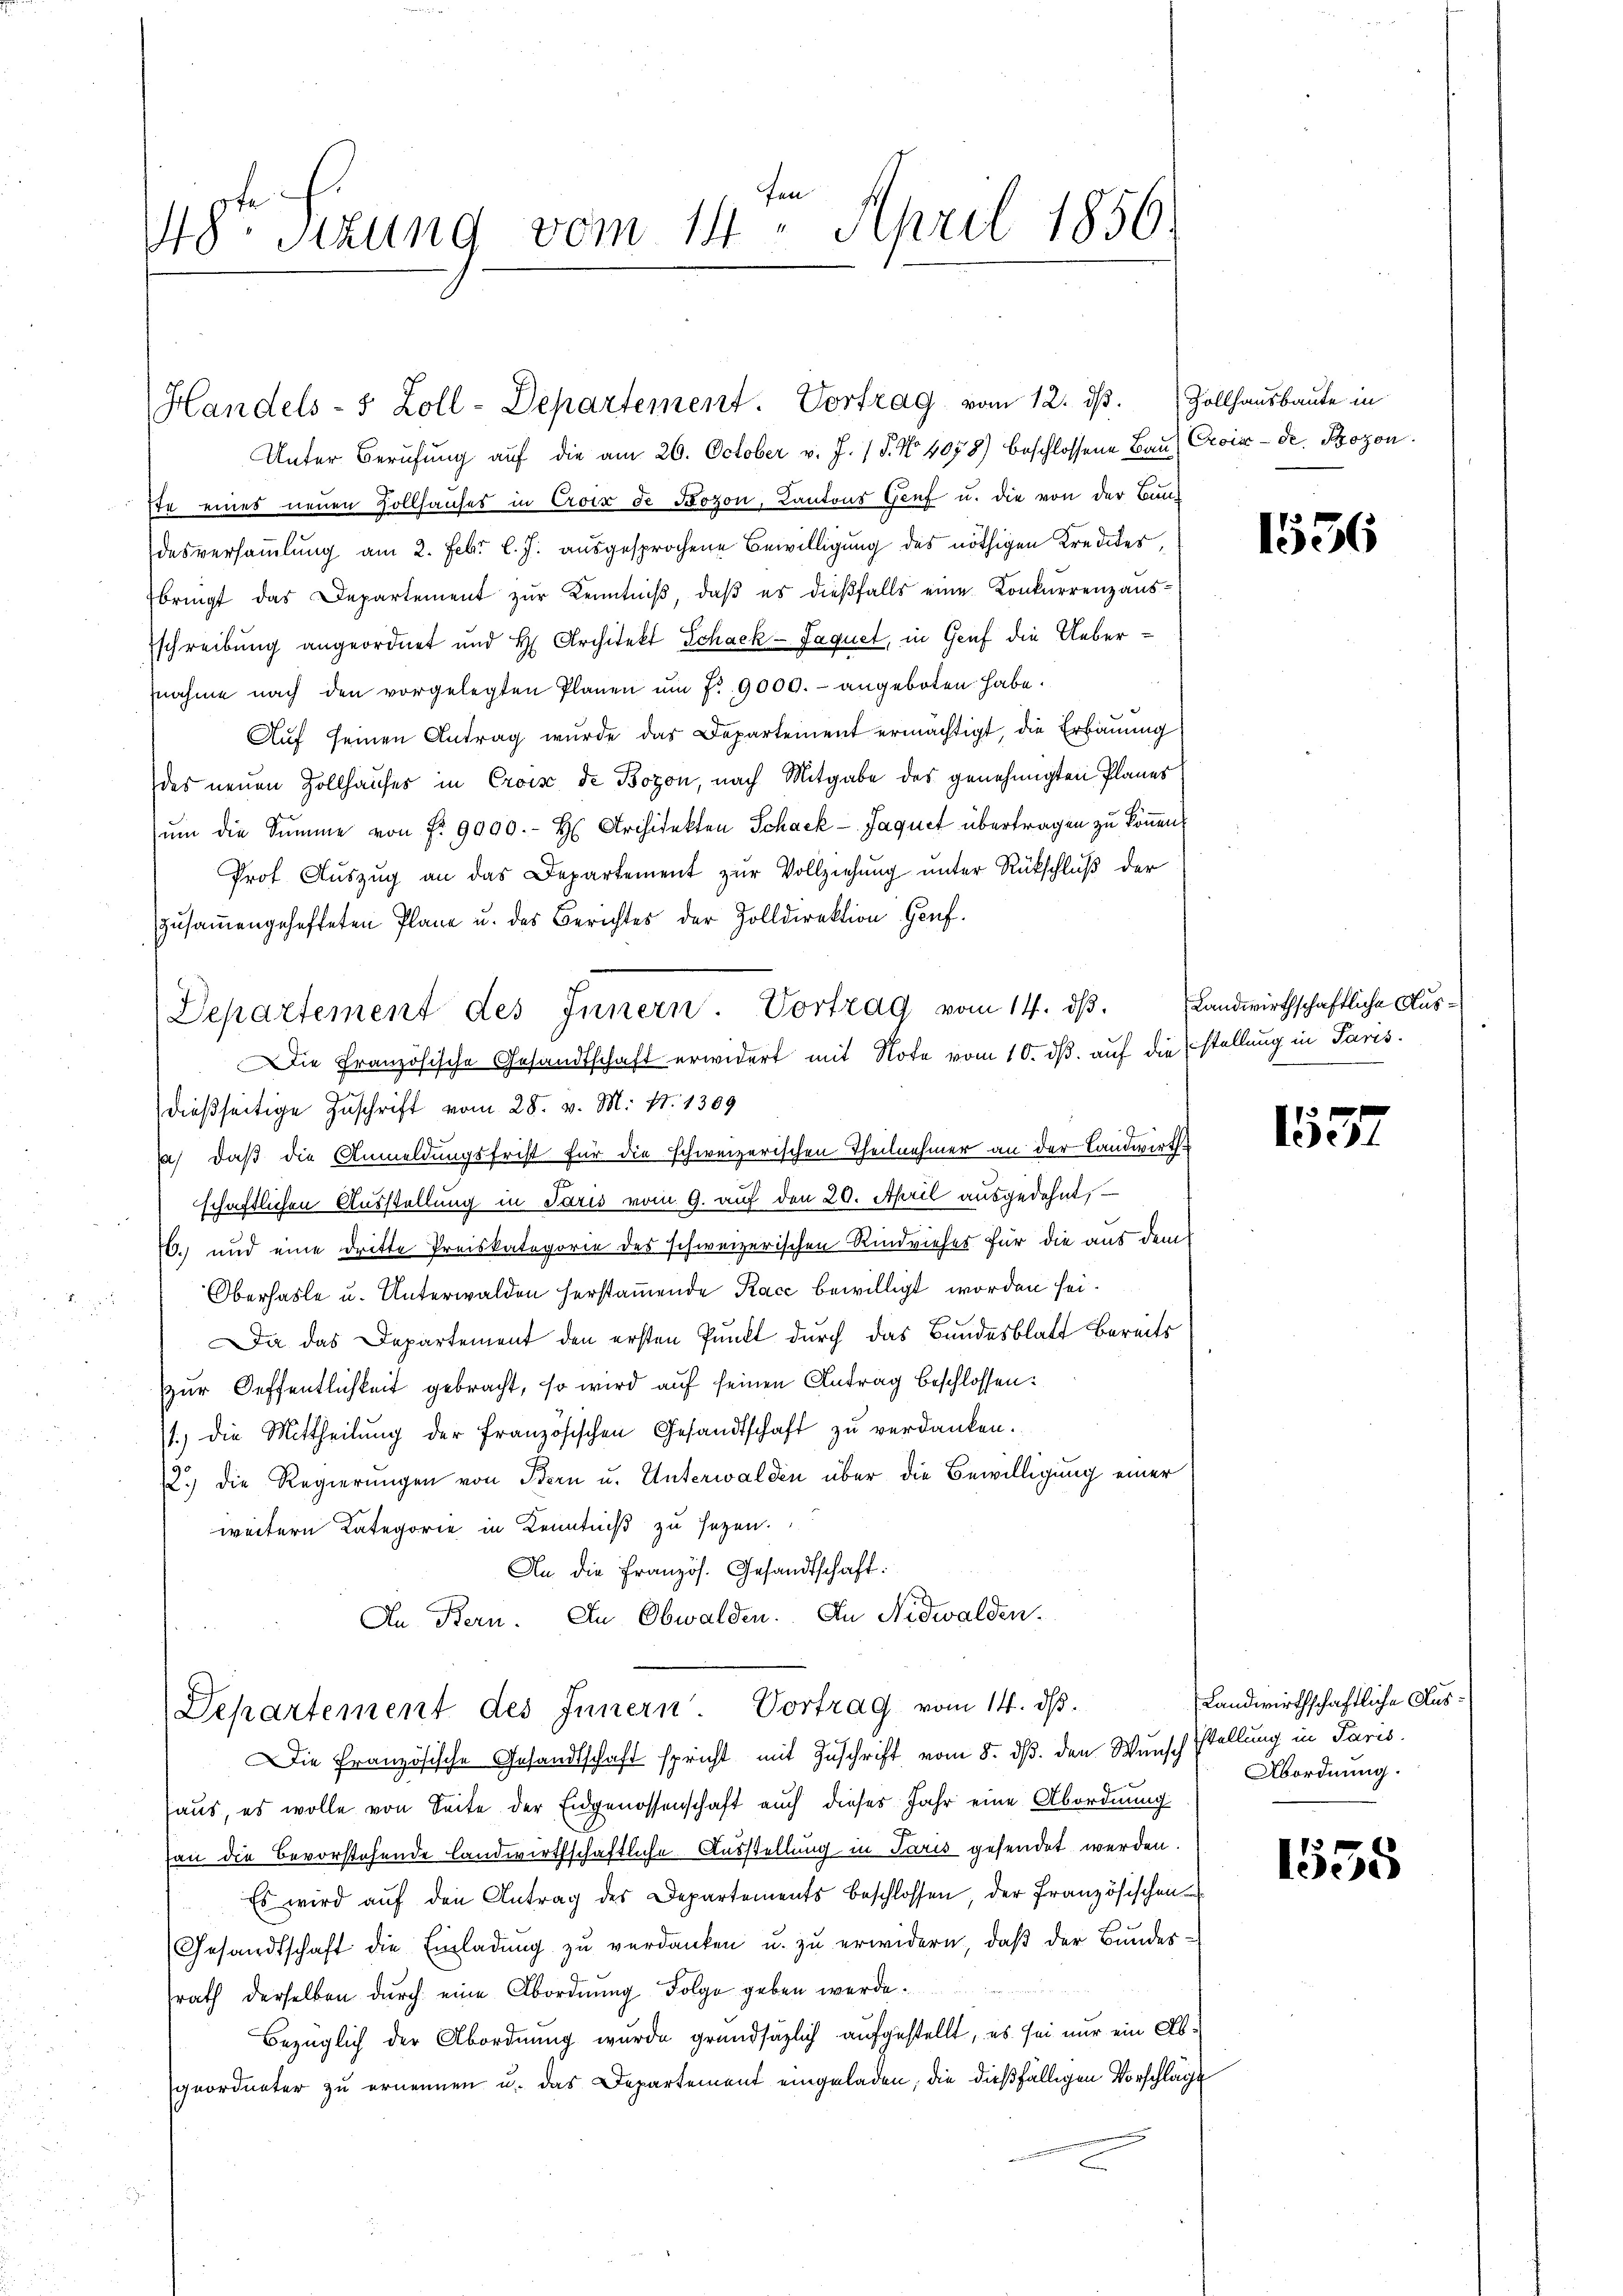
18ten Sizung vom 14. April 1856.

Handels- 5 Zoll-Departement. Vortrag vom 12. dß. Zollhausbaute in

Departement des Innern. Vortrag vom 14. dβ.

Unter Berufung auf die am 26. October v. J. 1 S. No 1078) beschlossene Bau, Croix de Bozen
ste eines neuen Zollhauses in Croix de Bozon, Cantons Genf u. die von der Bundesversammlung am 2. Febr l. J. ausgesprochene Bewilligung des nöthigen Kredites,
bringt das Departement zur Kenntniβ, daβ es dießfalls eine Konkurrenzausschreibung angeordnet und H. Architekt Schack-Jaquet, in Genf die Uebernahme nach den vorgelegten Planen um P. 9000.- angeboten habe.
Auf seinen Antrag wurde das Departement ermächtigt, die Erbauung
des neuen Zollhauses in Croix de Bozon, nach Mitgabe des genehmigten Planes
zŭm die Summe von P. 9000.- H Architekten Schack - Jaquet übertragen zu können.
Prof. Aŭszŭg an das Departement zŭr Vollziehung unter Rückschluß der
zusammengehafteten Plane u. des Berichtes der Zolldirektion Genf.
Departement des Innern. Vortrag vom 14. dβ. Landwirthschaftliche Aus¬
Die Französische Gesandtschaft erwidert mit Note vom 10. ds. auf die stellung in Paris.
dießseitige Zuschrift vom 28. v. M. Nr. 1309
a), daß die Anmeldungsfrist für die schweizerischen Theilnehmer an der Landwirthschaftlichen Ausstellung in Paris vom 9. auf den 20. April ausgedehnt,
6. und eine dritte Preiskategorie des schweizerischen Rindviehes für die aus dem
Oberhasle u. Unterwalden herstamende Race bewilligt worden sei.
Da das Departement den ersten Punkt durch das Bundesblatt bereits
zur Oeffentlichkeit gebracht, so wird auf seinen Antrag beschlossen:
t) die Mittheilung der französischen Gesandtschaft zu verdanken.
12.) Die Regierungen von Stern u. Unterwalden über die Bewilligung einer
weitern Kategorie in Kenntniß zu sezen.
An die Französ. Gesandtschaft.
In Bern. In Obwalden. In Nidwalden

Die Französische Gesandtschaft spricht mit Zuschrift vom 8. ds. den Wunsch stellung in Paris.
haus, es wolle von Seite der Eidgenossenschaft auch dieses Jahr eine Abordnung
an die Bevorstehende landwirthschaftliche Ausstellung in Paris gesendet werden.
Es wird aŭf den Antrag des Departements beschlossen der französischen
Gesandtschaft die Einladung zu verdanken u. zu erwidern, daß der Bundesrath derselben durch eine Abordnung Folge geben werde.
Bezüglich der Abordnung wurde grundsätzlich aufgestellt, es sei nur ein Abgeordneter zu ernennen u. das Departement eingeladen, die dießfälligen Vorschläge

1536

155.

Landwirthschaftliche Aus¬
Abordnung.

1538